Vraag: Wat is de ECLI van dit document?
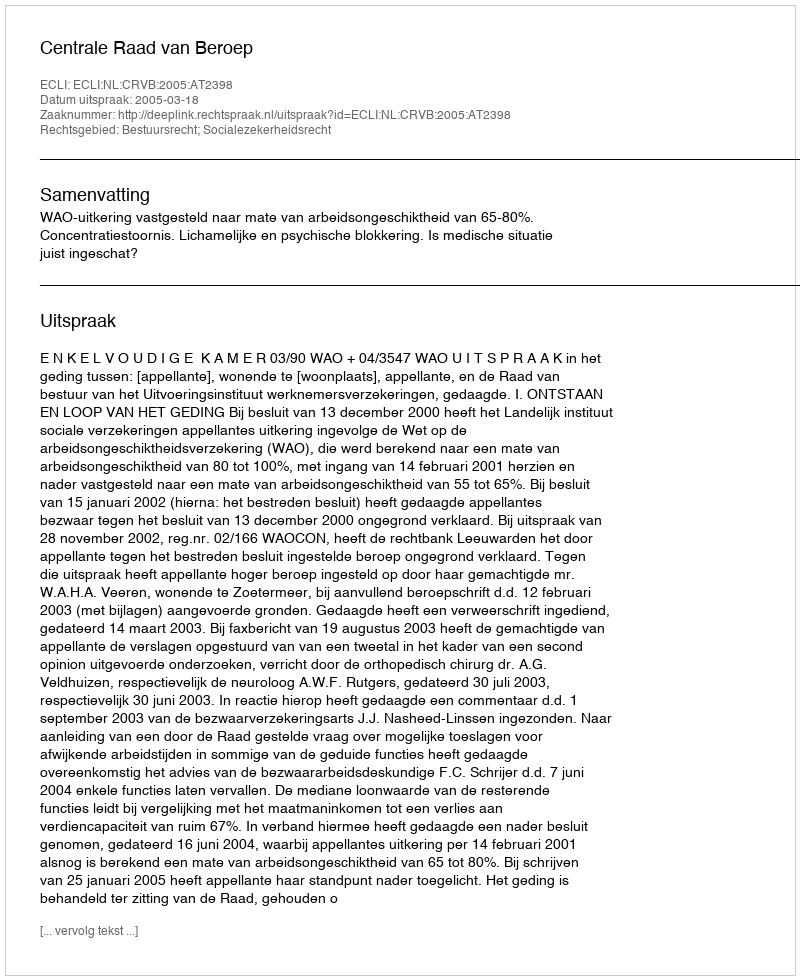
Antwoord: ECLI:NL:CRVB:2005:AT2398